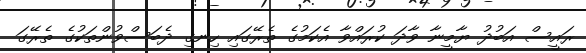
ރައީސް އަބުދު ޔާމީނާ ވާދަ ކުރައްވާ އެކަމުގެ ތެރޭގައި ހިނގި ދެބަސްވުންތަކުގެ ތެރޭގަ